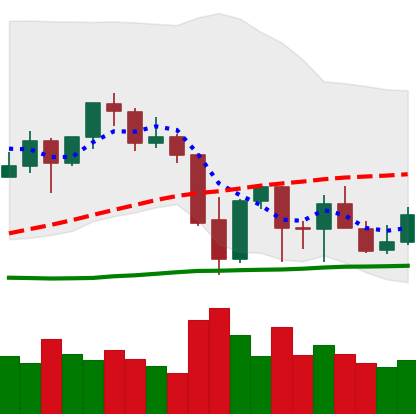
Ticker: ETH-USD
Chart end date: 2021-09-30
Forward return: 17.218%
Label: up_7plus